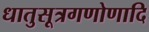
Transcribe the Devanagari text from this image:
धातुसूत्रगणोणादि